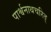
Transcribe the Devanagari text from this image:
पार्श्वनाथचरित्